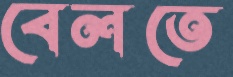
বেলতে